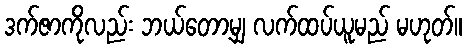
ဒက်ဇာကိုလည်း ဘယ်တော့မျှ လက်ထပ်ယူမည် မဟုတ်။